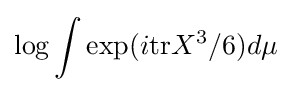
\log \int \exp(i{\text{tr}}X^{3}/6)d\mu